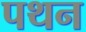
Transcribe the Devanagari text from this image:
पथन